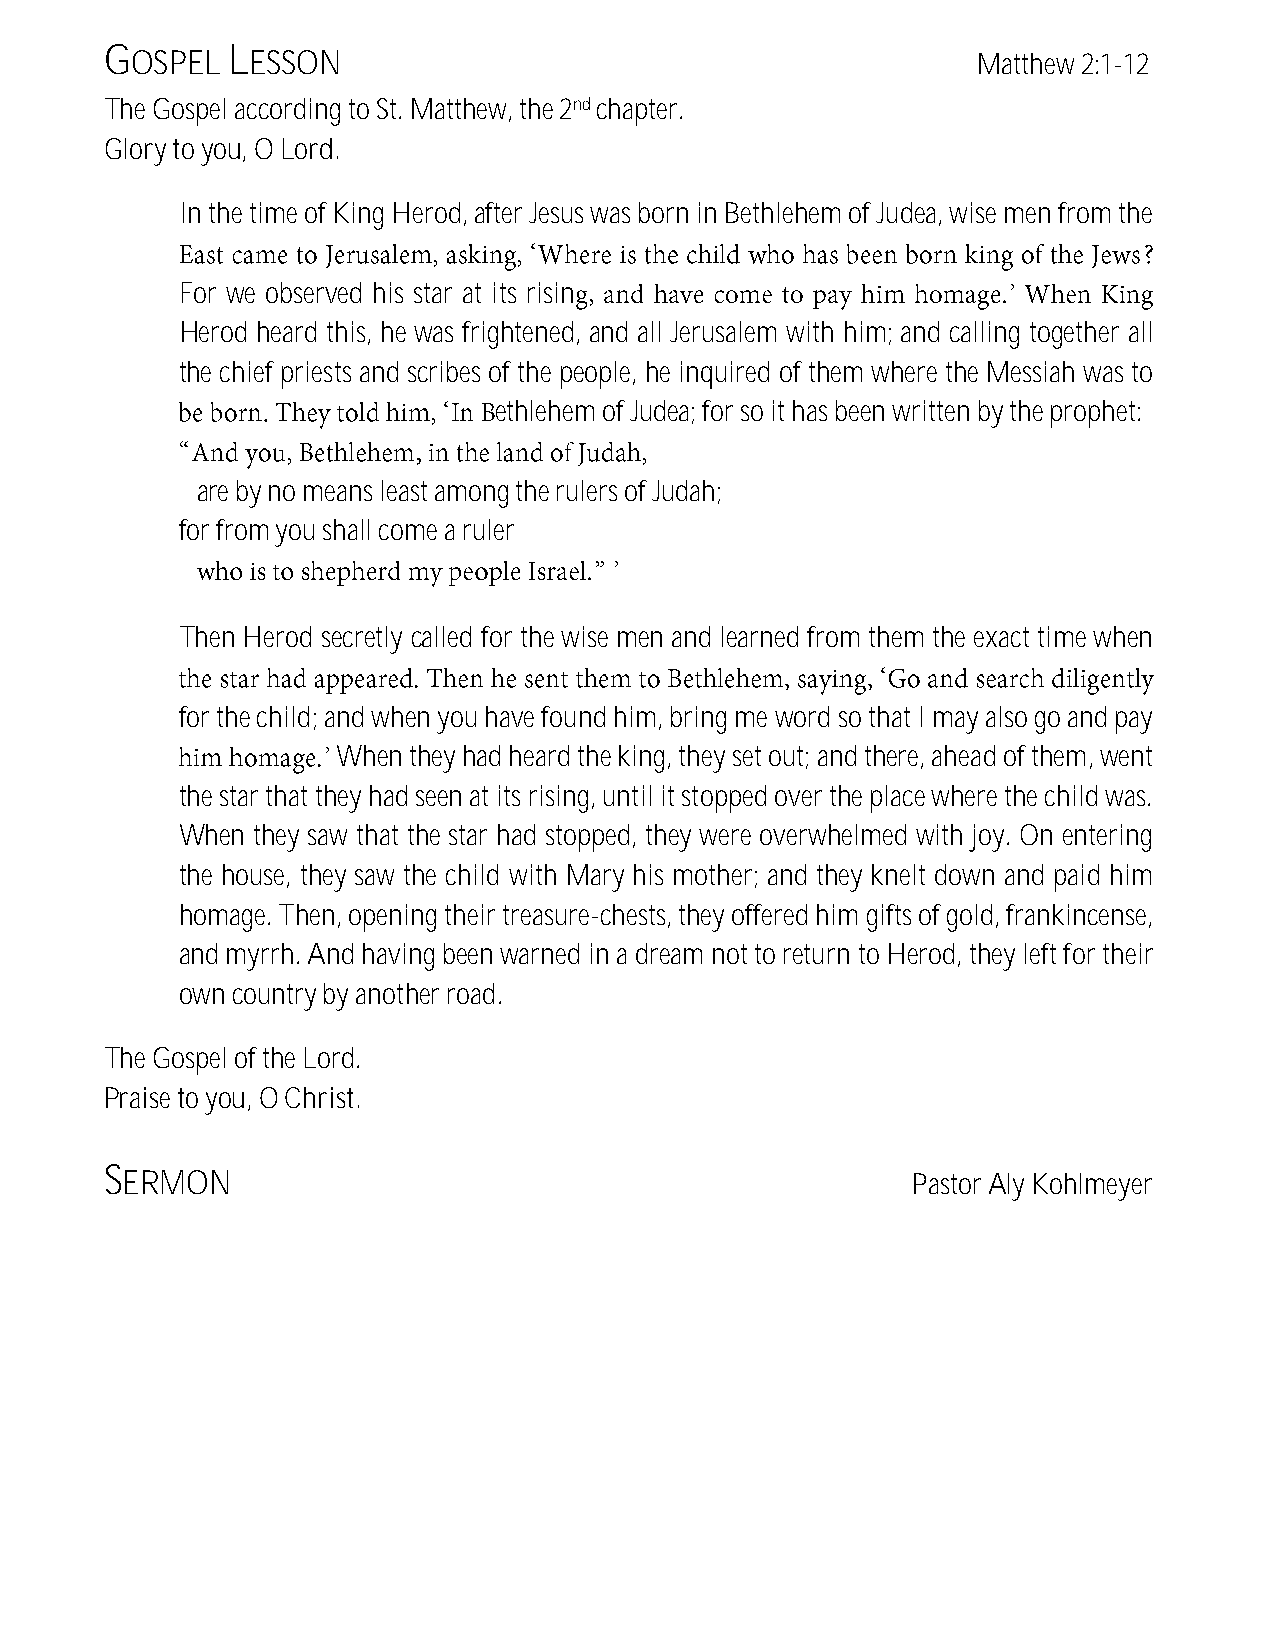
GOSPEL  LESSON
 Matthew 2:1-12
 The Gospel according to St. Matthew, the 2nd chapter.
 Glory to you, O Lord.
 In the time of King Herod, after Jesus was born in Bethlehem of Judea, wise men from the
 For we observed his star at its risin
 Herod heard this, he was frightened, and all Jerusalem with him; and calling together all
 the chief priests and scribes of the people, he inquired of them where the Messiah was to
 ethlehem of Judea; for so it has been written by the prophet:
 are by no means least among the rulers of Judah;
 for from you shall come a ruler
 Then Herod secretly called for the wise men and learned from them the exact time when
 for the child; and when you have found him, bring me word so that I may also go and pay
 When they had heard the king, they set out; and there, ahead of them, went
 the star that they had seen at its rising, until it stopped over the place where the child was.
 When they saw that the star had stopped, they were overwhelmed with joy. On entering
 the house, they saw the child with Mary his mother; and they knelt down and paid him
 homage. Then, opening their treasure-chests, they offered him gifts of gold, frankincense,
 and myrrh. And having been warned in a dream not to return to Herod, they left for their
 own country by another road.
 The Gospel of the Lord.
 Praise to you, O Christ.
 SERMON
 Pastor Aly Kohlmeyer